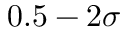
0 . 5 - 2 \sigma